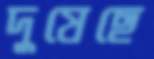
দুষেছে